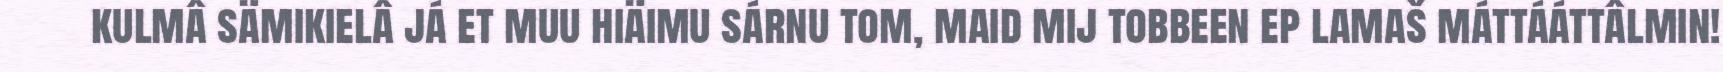
kulmâ sämikielâ já et muu hiäimu sárnu tom, maid mij tobbeen ep lamaš máttááttâlmin!